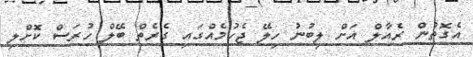
އެގޮތުން ރެއާލް އަށް ލިބުނު ހިލޭ ޖެހުމެއްގައި ގެރެތް ބޭލް ހުރަސް ކޮށްލި